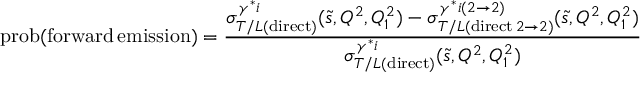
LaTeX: \mathrm { p r o b } ( \mathrm { f o r w a r d } \, \mathrm { e m i s s i o n } ) = \frac { \sigma _ { T / L ( \mathrm { d i r e c t } ) } ^ { \gamma ^ { * } i } ( \tilde { s } , Q ^ { 2 } , Q _ { 1 } ^ { 2 } ) - \sigma _ { T / L ( \mathrm { d i r e c t } \, 2 \rightarrow 2 ) } ^ { \gamma ^ { * } i ( 2 \rightarrow 2 ) } ( \tilde { s } , Q ^ { 2 } , Q _ { 1 } ^ { 2 } ) } { \sigma _ { T / L ( \mathrm { d i r e c t } ) } ^ { \gamma ^ { * } i } ( \tilde { s } , Q ^ { 2 } , Q _ { 1 } ^ { 2 } ) }